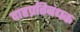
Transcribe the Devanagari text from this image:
दाहप्रतिबंधक